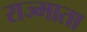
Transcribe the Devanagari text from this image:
राज्माता